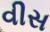
વીસ